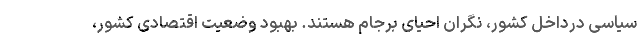
سیاسی درداخل کشور، نگران احیای برجام هستند. بهبود وضعیت اقتصادی کشور،